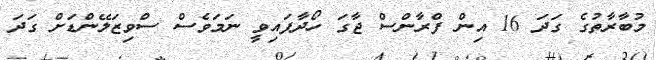
މުބާރާތުގެ ގަދަ 16 އިން ފްރާންސް ޖާގަ ހޯދާފައިވީ ނަމަވެސް ސްވިޒަލޭންޑަށް ގަދަ